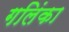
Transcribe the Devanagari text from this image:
गलिंका